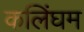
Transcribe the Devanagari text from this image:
कलिंघम